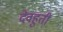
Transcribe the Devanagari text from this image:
देवहुती